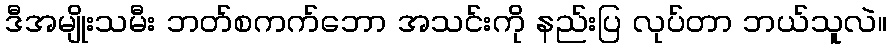
ဒီအမျိုးသမီး ဘတ်စကက်ဘော အသင်းကို နည်းပြ လုပ်တာ ဘယ်သူလဲ။